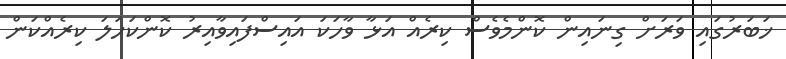
ޚަބަރުގައި ވަރަށް ގިނައިން ކޮންމެވެސް ކިރެއް އަޅާ ވާހަކަ އައިސްފައިވާއިރު ކޮންކަހަލަ ކިރެއްކަން